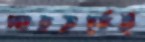
সাহচর্যেই